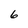
Character: 6